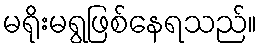
မရိုးမရွဖြစ်နေရသည်။